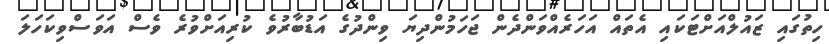
ހިތުގައި ޒައުލްއަށްޓަކައި އެތައް އަހަރެއްވަންދެން ޖަހަމުންދިޔަ ވިންދުގެ އަޑުބާރުވެ ކުރިއަށްވުރެ ވެސް އަވަސްވިކަހަލަ